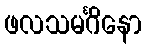
ဖလသမင်္ဂိနော